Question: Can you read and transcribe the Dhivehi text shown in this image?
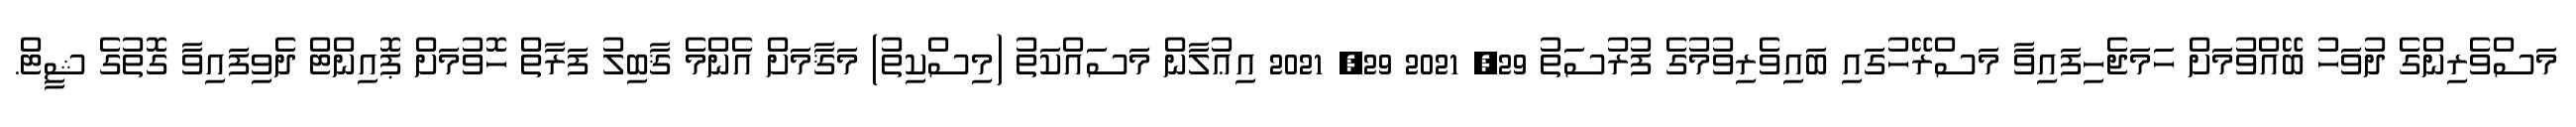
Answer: މަސްވެރިންގެ ދުވަހު ބޭއްވުމަށް ހަމަޖެހިފައިވާ މަސްރޭހުގައި ބައިވެރިވުމުގެ ފުރުސަތު 29, 2021 29, 2021 އިޢުލާން މަސައްކަތު (މިސްކިތު) މަޤާމަށް އެންމެ ޤާބިލު ފަރާތް ހޮވުމަށް ޕޮއިންޓް ދެވިފައިވާ ގޮތުގެ ޝީޓް.